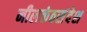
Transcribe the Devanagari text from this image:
नीलकंठसंदेश